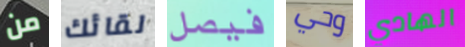
من لقائك فيصل وحي الهادي